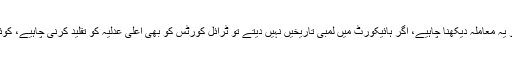
جسٹس سید مظاہر علی اکبر نقوی نے کہا کہ تاخیری حربوں کے حوالے سے عدالتوں کو یہ معاملہ دیکھنا چاہیے، اگر ہائیکورٹ میں لمبی تاریخیں نہیں دیتے تو ٹرائل کورٹس کو بھی اعلی عدلیہ کو تقلید کرنی چاہیے، کوئی ماں کا لعل ایسا پیدا نہیں ہوا جو ہم سے فیصلہ کا ایک نقطہ بھی ادھر ادھر کرواسکے۔